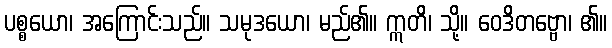
ပစ္စယော၊ အကြောင်းသည်။ သမုဒယော၊ မည်၏။ ဣတိ၊ သို့။ ဝေဒိတဗ္ဗော၊ ၏။